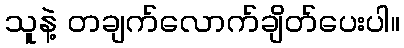
သူနဲ့ တချက်လောက်ချိတ်ပေးပါ။